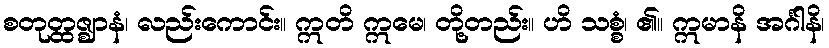
စတုတ္ထဇ္ဈာနံ၊ လည်းကောင်း။ ဣတိ ဣမေ၊ တို့တည်း။ ဟိ သစ္စံ၊ ၏။ ဣမာနိ အင်္ဂါနိ၊